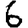
Digit: 6